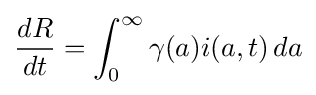
{\frac {dR}{dt}}=\int _{0}^{\infty }\gamma (a)i(a,t)\,da